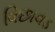
વિછાવડ